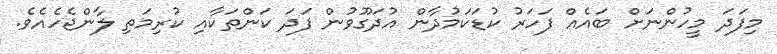
މިފަަދަ މީހުންނަށް ބައެއް ފަަހަރު ކުޑަކަމުދާން އުދަގޫވުން ފަދަ ކަންތަކާއި ކުރިމަތި ލާންޖެހެއެވެ.